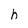
Character: h